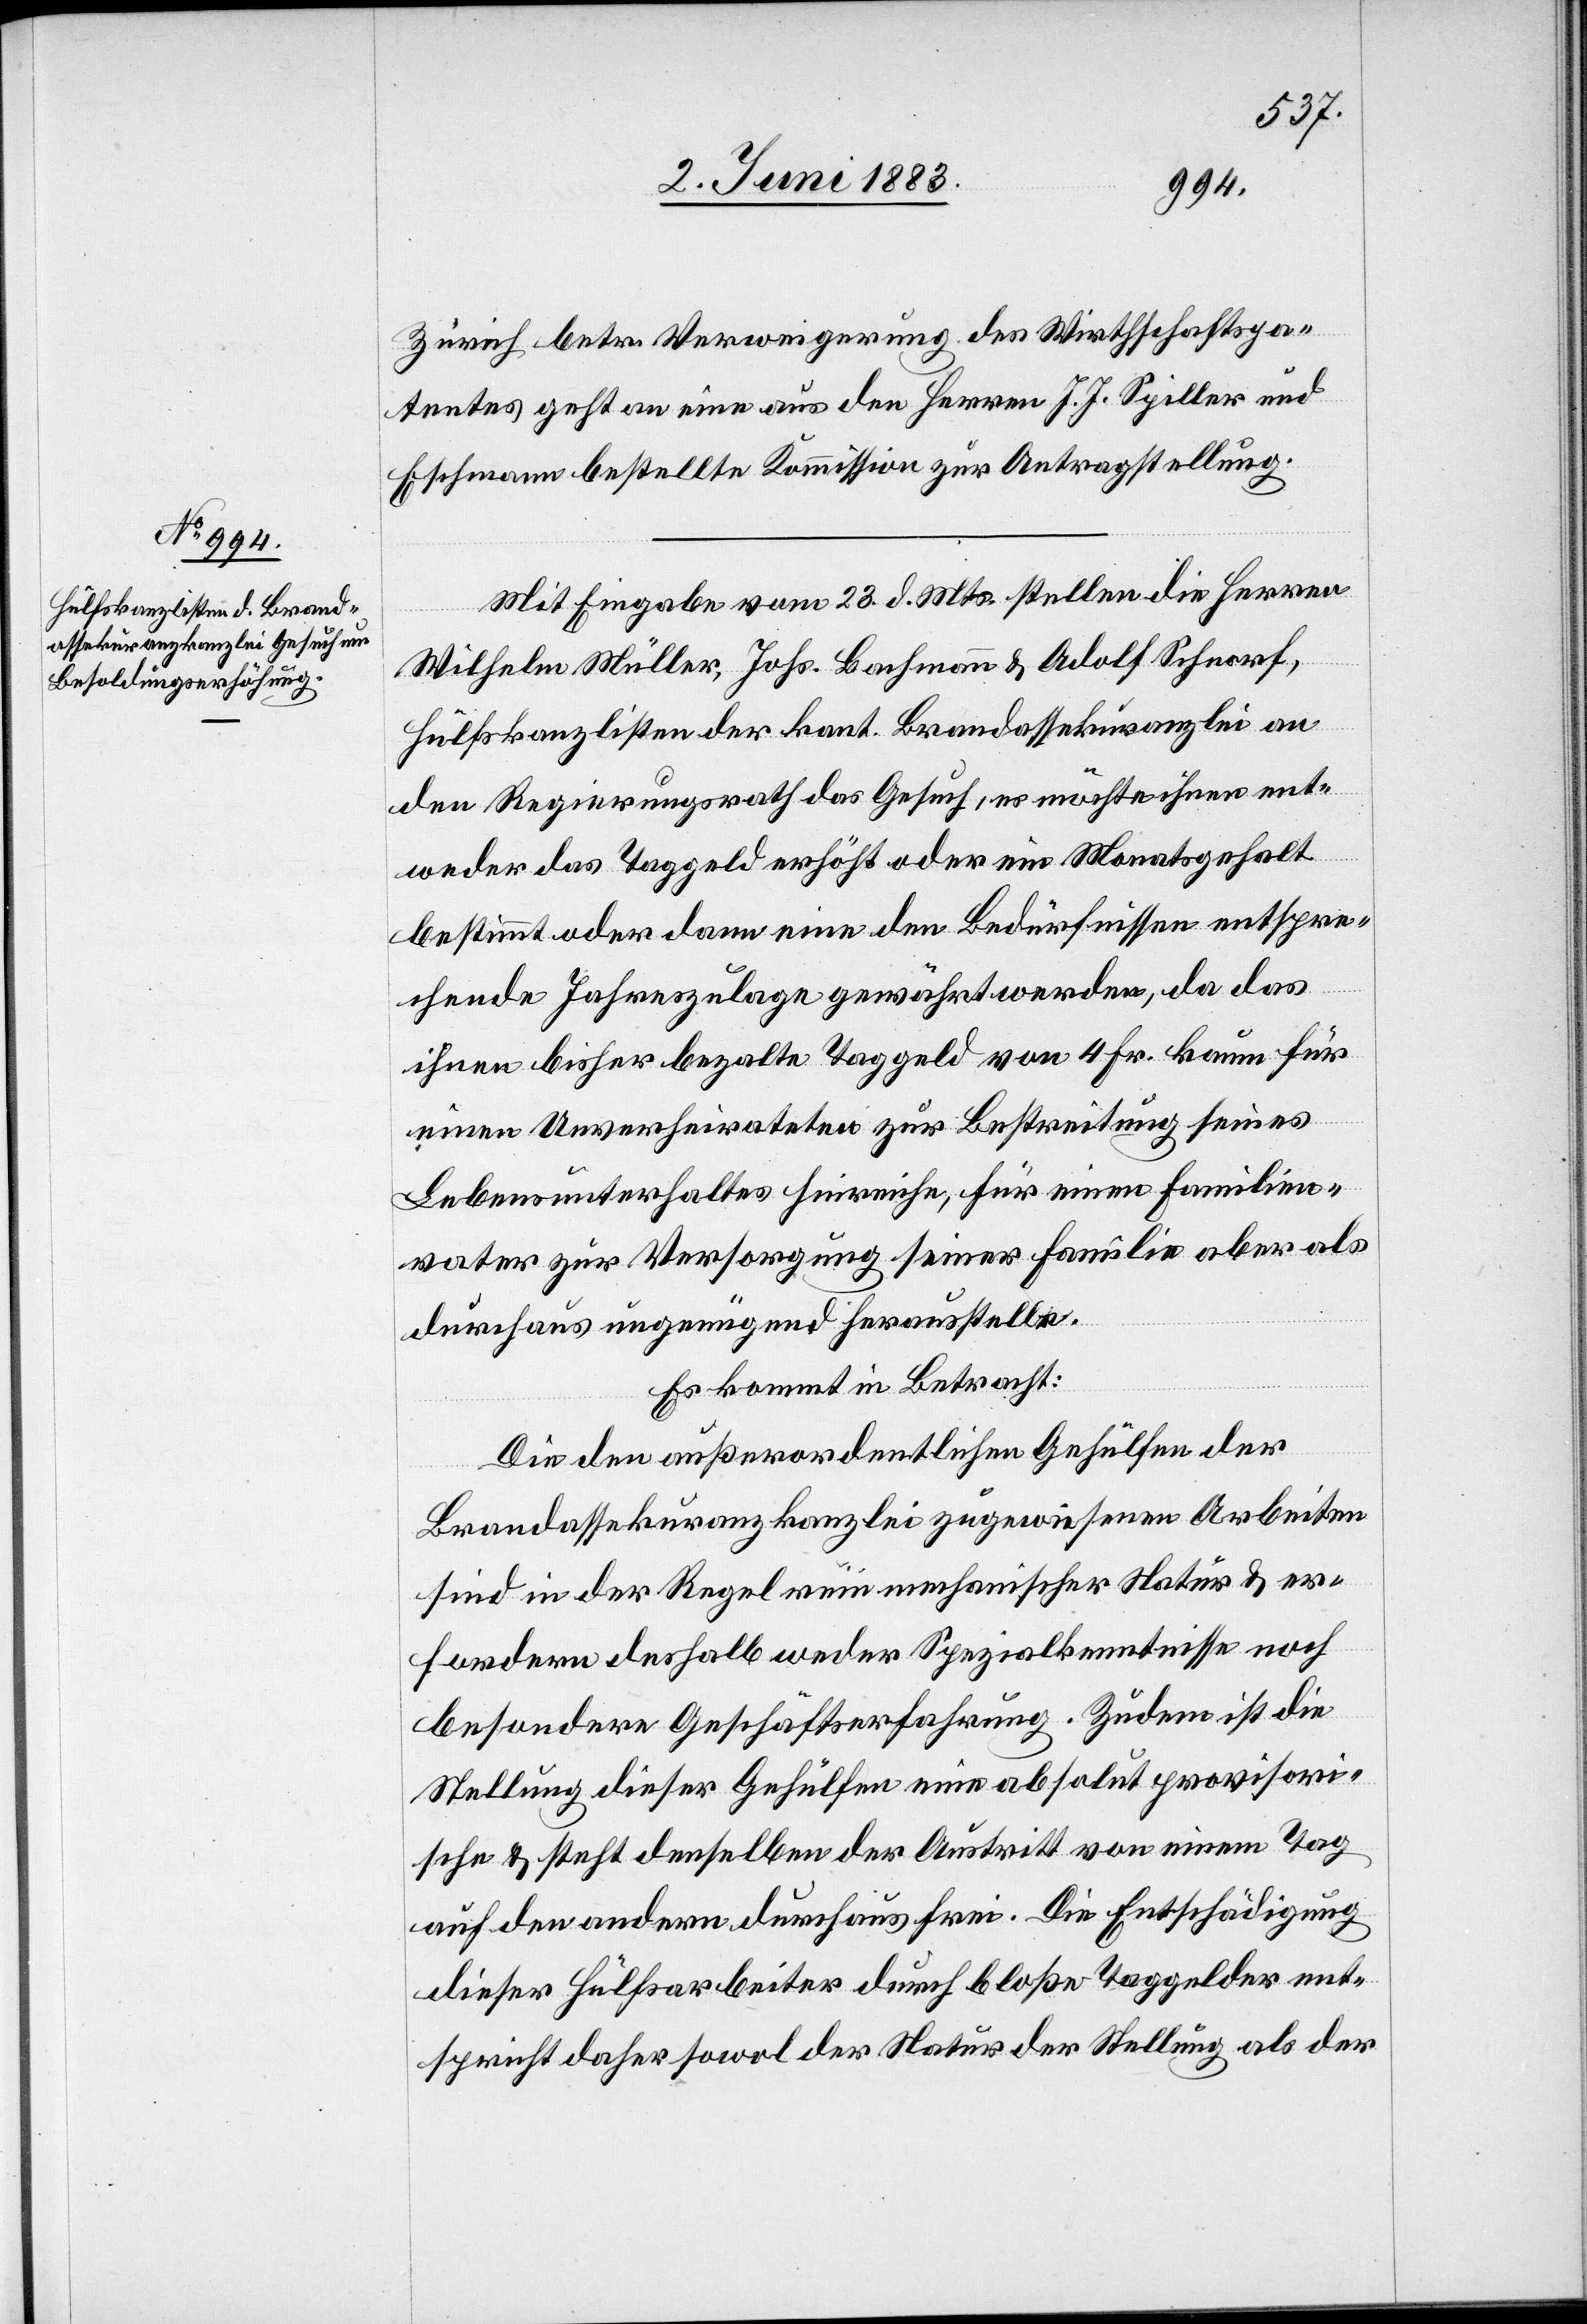
Zürich betr. Verweigerung des Wirthschaftspa¬
tentes geht an eine aus den Herren J. J. Spiller und
Eschmann bestellte Kommission zur Antragstellung.
Mit Eingabe vom 23. d. Mts. stellen die Herren
Wilhelm Müller, Johs. Bachmann & Adolf Schnorf,
Hülfskanzlisten der kant. Brandassekuranzkanzlei an
den Regierungsrath das Gesuch, es möchte ihnen ent¬
weder das Taggeld erhöht oder ein Monatsgehalt
bestimmt oder dann eine den Bedürfnissen entspre¬
chende Jahreszulage gewährt werden, da das
ihnen bisher bezalte Taggeld von 4 Fr. kaum für
einen Unverheirateten zur Bestreitung seines
Lebensunterhaltes hinreiche, für einen Familien¬
vater zur Versorgung seiner Familie aber als
durchaus ungenügend herausstellte.
Es kommt in Betracht:
Die den außerordentlichen Gehülfen der
Brandassekurranzkanzlei zugewiesenen Arbeiten
sind in der Regel rein mechanischer Natur & er¬
fordern deshalb weder Spezialkenntnisse noch
besondere Geschäftserfahrung. Zudem ist die
Stellung dieser Gehülfen eine absolut provisori¬
sche & steht demselben der Austritt von einem Tag
auf den andern durchaus frei. Die Entschädigung
dieser Hülfsarbeiter durch bloße Taggelder ent¬
spricht daher sowol der Natur der Stellung als der